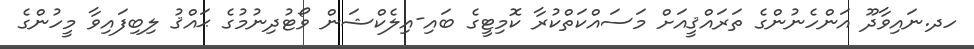
ހދ.ނައިވާދޫ އަންހެނުންގެ ތަރައްޤީއަށް މަސައްކަތްކުރާ ކޮމިޓީގެ ބައި-އިލެކްޝަން ވޯޓުދިނުމުގެ ޙައްޤު ލިބިފައިވާ މީހުންގެ